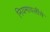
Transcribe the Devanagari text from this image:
नियमावलींचे